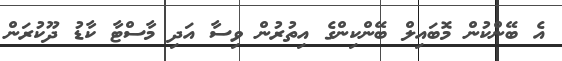
އެ ބޭންކުން މޮބައިލް ބޭންކިންގެ އިތުރުން ވިސާ އަދި މާސްޓާ ކާޑު ދޫކުރަން